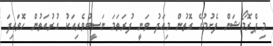
މި ޕްރޮމޯޝަން ފެށުމުގެ ގޮތުން މިއަދު ވަނީ ފުރަތަމަ ނަސީބުވެރިއަކު ގުރުއަތުން ހޮވައިފަ